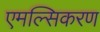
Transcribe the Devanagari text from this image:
एमल्सिकरण